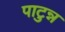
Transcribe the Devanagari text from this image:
पाटुन्न